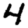
Digit: 4